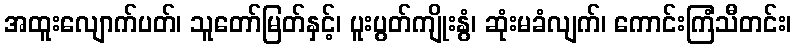
အထူးလျောက်ပတ်၊ သူတော်မြတ်နှင့်၊ ပူးပွတ်ကျိုးနွံ၊ ဆုံးမခံလျက်၊ ကောင်းကြံသီတင်း၊